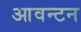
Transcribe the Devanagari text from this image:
आवन्टन